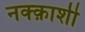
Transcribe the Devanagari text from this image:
नक्क़ाशी